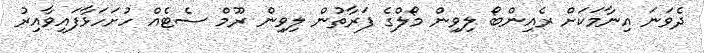
ދެވަނަ އިނާމަކަށް ރެއިންބޯ ލިވިން މޯލްގެ ފަރާތުން ލިވިން ރޫމް ސެޓެއް ހުށަހަޅާފައިވާއިރު